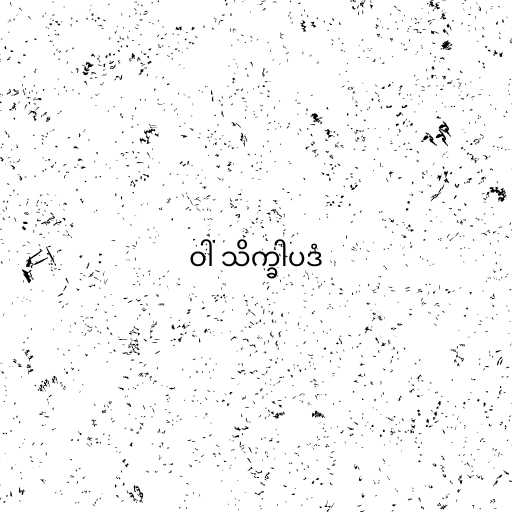
ဝါ သိက္ခါပဒံ